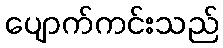
ပျောက်ကင်းသည်